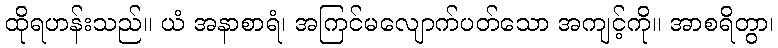
ထိုရဟန်းသည်။ ယံ အနာစာရံ၊ အကြင်မလျောက်ပတ်သော အကျင့်ကို။ အာစရိတွာ၊